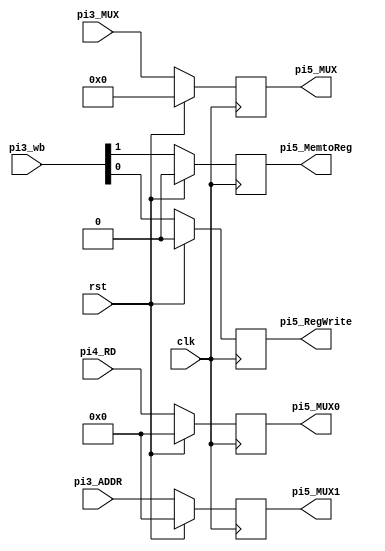
/*
	Title: Register File (32 32-bit registers)
	Editor: Selene (Computer System and Architecture Lab, ICE, CYCU)
	
	Input Port
		1. clk
		2. RegWrite: sO_igJ
		3. RN1: rsss
		4. RN2: rtss
		5. WN: gJss
		6. WD: gJs
	Output Port
		1. RD1: rss
		2. RD2: rts
*/
module mem_wb( clk, rst, pi3_wb, pi5_RegWrite, pi5_MemtoReg, pi4_RD, pi5_MUX0, pi3_ADDR, pi5_MUX1, pi3_MUX, pi5_MUX );
	input[1:0] pi3_wb ;
	input[31:0] pi4_RD, pi3_ADDR ;
	input[4:0] pi3_MUX ;
	input clk, rst ;

	output pi5_RegWrite, pi5_MemtoReg ;
	output[31:0] pi5_MUX0, pi5_MUX1 ;
	output[4:0] pi5_MUX ;
	
	reg pi5_RegWrite, pi5_MemtoReg ;
	reg[31:0] pi5_MUX0, pi5_MUX1 ;
	reg[4:0] pi5_MUX ;

	always @( posedge clk ) begin
        if ( rst ) begin
			pi5_MUX0 <= 32'b0 ;
			pi5_MUX1 <= 32'b0 ;
			pi5_MUX <= 5'b0 ;
			pi5_RegWrite <= 1'b0 ;
			pi5_MemtoReg <= 1'b0 ;
		end
        else begin
			pi5_MUX0 <= pi4_RD ;
			pi5_MUX1 <= pi3_ADDR ;
			pi5_MUX <= pi3_MUX ;
			pi5_RegWrite <= pi3_wb[0] ;
			pi5_MemtoReg <= pi3_wb[1];
		end
    end
	
endmodule